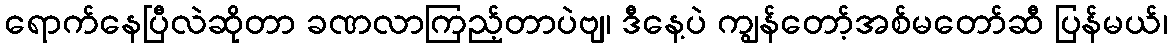
ရောက်နေပြီလဲဆိုတာ ခဏလာကြည့်တာပဲဗျ၊ ဒီနေ့ပဲ ကျွန်တော့်အစ်မတော်ဆီ ပြန်မယ်၊